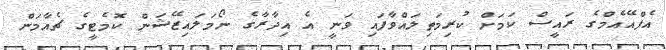
އެފްއޭއެމްގެ ރައީސް ކަމަށް ކުރިމަތިލައްވާފައި ވަނީ އެ އިދާރާގެ ނޯމަލައިޒޭޝަން ކޮމެޓީގެ ޗެއާމަން